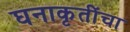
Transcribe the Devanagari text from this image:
घनाकृतींचा